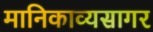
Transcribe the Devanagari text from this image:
मानिकाव्यसागर